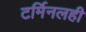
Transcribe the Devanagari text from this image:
टर्मिनलही